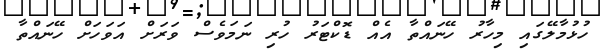
ހުޅުމާލޭގައި މިހާރު ހޭނައްތާ އެއް ޑޮކްޓަރު ހުރި ނަމަވެސް ވަރަށް އަވަހަށް ހޭނައްތާ